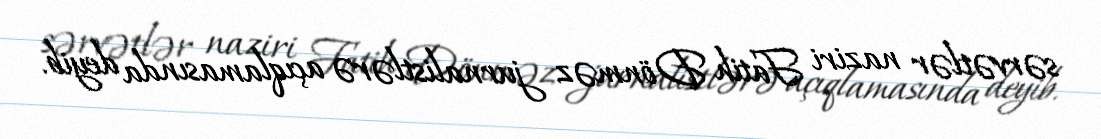
sərvətlər naziri Fatih Dönməz jurnalistlərə açıqlamasında deyib.